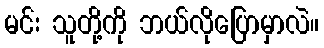
မင်း သူတို့ကို ဘယ်လိုပြောမှာလဲ။